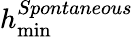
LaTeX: h_{\operatorname*{min}}^{Spontaneous}